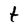
Character: t